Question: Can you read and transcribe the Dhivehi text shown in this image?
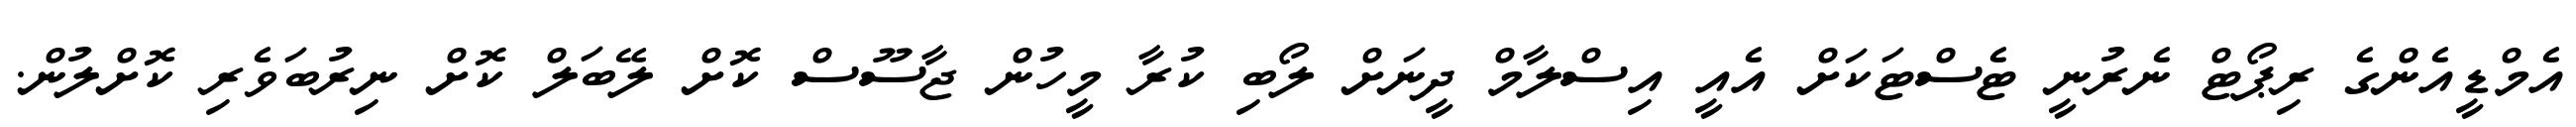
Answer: އެމްޑީއެންގެ ރިޕޯޓް ނެރުނީ ޓެސްޓަކަށް އެއީ އިސްލާމް ދީނަށް ލޯބި ކުރާ މީހުން ޖާސޫސް ކޮށް ލޭބަލް ކޮށް ނިރުބަވެރި ކޮށްލުން.